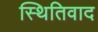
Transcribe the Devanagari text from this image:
स्थितिवाद